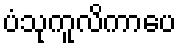
ပံသုကူလိကာပေ